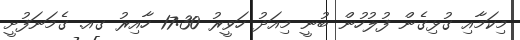
މިކަމާއި ގުޅިގެން ފުލުހުން ބުނީ މިއަދު ހަވީރު 17:30 ހާއިރު ގއ. ގެމަނަފުށީ